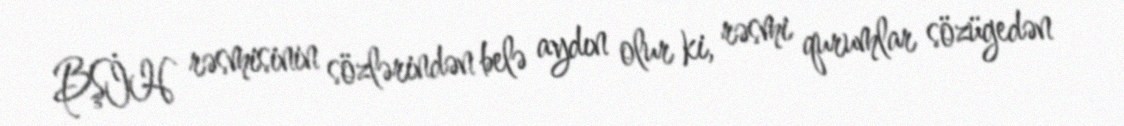
BŞİH rəsmisinin sözlərindən belə aydın olur ki, rəsmi qurumlar sözügedən